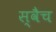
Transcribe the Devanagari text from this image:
स्वैच